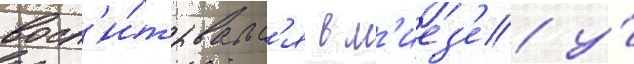
восп'и́тывалс'я в м'иез'е у́